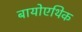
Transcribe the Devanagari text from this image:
बायोएथिक